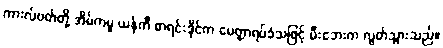
ကားလ်ဗတ်တို့ အိမ်ကမူ ယန်ကီ စာရင်းဒိုင်က မေတ္တာရပ်ခံသဖြင့် မီးဘေးက လွတ်သွားသည်။